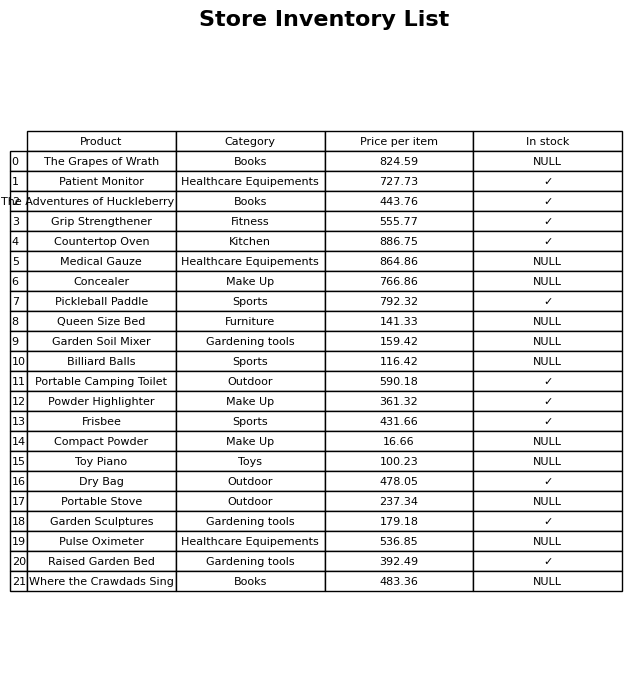
question: What is the price of the Compact Powder?
answer: The price of Compact Powder is 16.66.